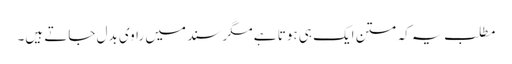
مطلب یہ کہ متن ایک ہی ہوتا ہے مگر سند میں راوی بدل جاتے ہیں۔